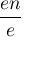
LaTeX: \frac { e n } { e }